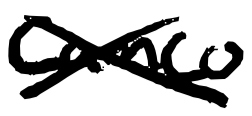
Text: Camco
Cross-out: cross
Writing tool: digital_black